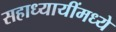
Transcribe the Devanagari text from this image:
सहाध्यायींमध्ये